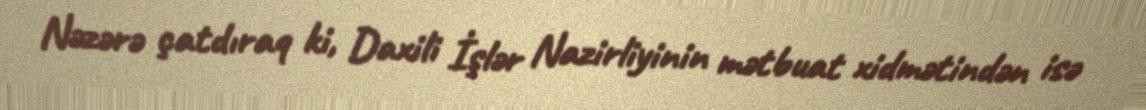
Nəzərə çatdıraq ki, Daxili İşlər Nazirliyinin mətbuat xidmətindən isə